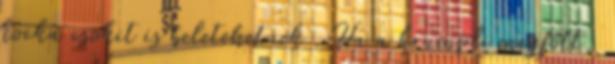
kocka csokit is beletehetnek . Ha a krumpli megfőtt,